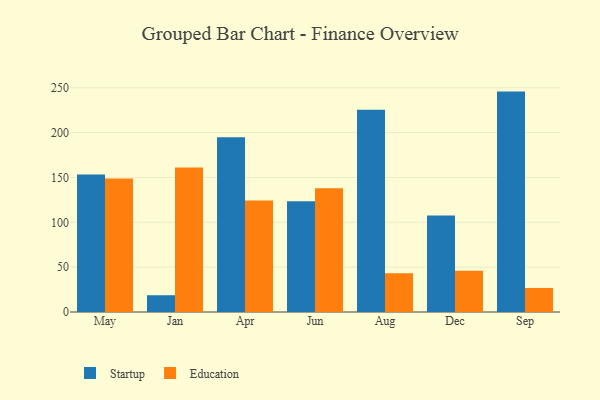
{"axis": {"x": "Month", "y": "Waste Production (Tons)"}, "legend": ["Education", "Startup"], "data": [{"x": "May", "y": 153.3, "type": "Startup"}, {"x": "May", "y": 148.9, "type": "Education"}, {"x": "Jan", "y": 18.7, "type": "Startup"}, {"x": "Jan", "y": 161.0, "type": "Education"}, {"x": "Apr", "y": 194.9, "type": "Startup"}, {"x": "Apr", "y": 124.3, "type": "Education"}, {"x": "Jun", "y": 123.4, "type": "Startup"}, {"x": "Jun", "y": 137.9, "type": "Education"}, {"x": "Aug", "y": 225.6, "type": "Startup"}, {"x": "Aug", "y": 43.1, "type": "Education"}, {"x": "Dec", "y": 107.5, "type": "Startup"}, {"x": "Dec", "y": 45.9, "type": "Education"}, {"x": "Sep", "y": 245.7, "type": "Startup"}, {"x": "Sep", "y": 26.8, "type": "Education"}]}